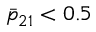
\bar { p } _ { 2 1 } < 0 . 5